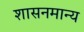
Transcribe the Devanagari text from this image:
शासनमान्‍य